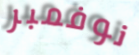
نوفمبر